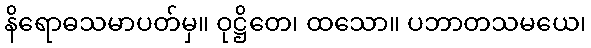
နိရောဓသမာပတ်မှ။ ဝုဋ္ဌိတေ၊ ထသော။ ပဘာတသမယေ၊